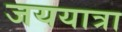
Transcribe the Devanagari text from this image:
जययात्रा